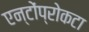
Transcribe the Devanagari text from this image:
एन्टोंप्रोकटा